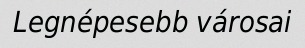
Legnépesebb városai